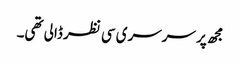
مجھ پر سرسری سی نظر ڈالی تھی۔